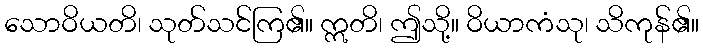
သောဝိယတိ၊ သုတ်သင်ကြ၏။ ဣတိ၊ ဤသို့။ ဝိယာကံသု၊ သိကုန်၏။